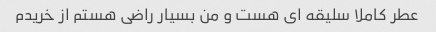
عطر کاملا سلیقه ای هست و من بسیار راضی هستم از خریدم